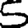
Digit: 5